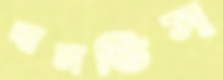
ঘামতিস